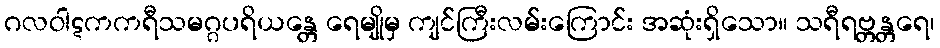
ဂလဝါဋကကရီသမဂ္ဂပရိယန္တေ ရေမျိုမှ ကျင်ကြီးလမ်းကြောင်း အဆုံးရှိသော။ သရီရဗ္တန္တရေ၊